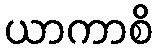
ယာကာစိ